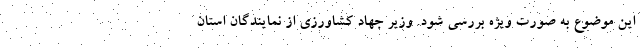
این موضوع به صورت ویژه بررسی شود. وزیر جهاد کشاورزی از نمایندگان استان